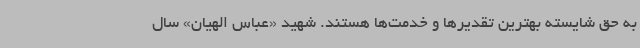
به حق شایسته بهترین تقدیرها و خدمت‌ها هستند. شهید «عباس الهیان» سال